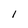
Character: l